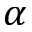
\alpha